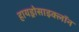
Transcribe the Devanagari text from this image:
हायड्रोसाइक्लॉन